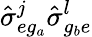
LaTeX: \hat{\sigma}_{eg_{a}}^{j}\hat{\sigma}_{g_{b}e}^{l}